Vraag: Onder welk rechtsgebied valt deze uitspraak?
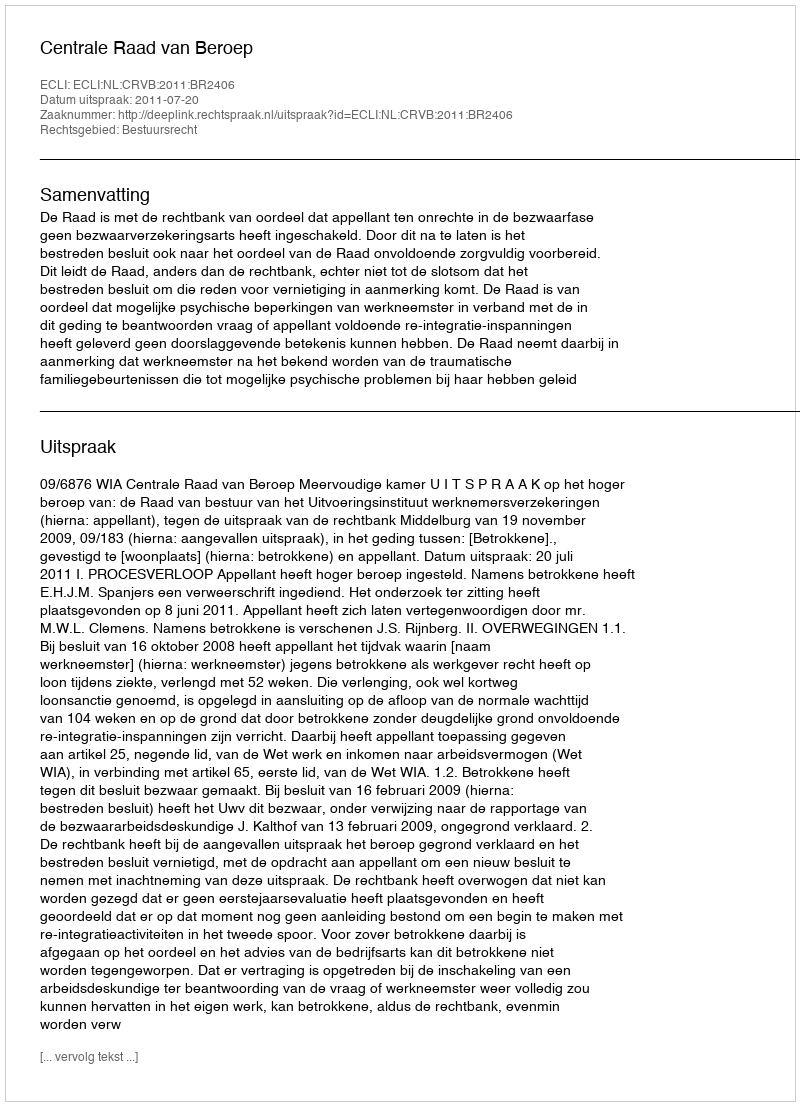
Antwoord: Bestuursrecht